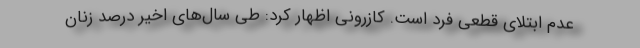
عدم ابتلای قطعی فرد است. کازرونی اظهار کرد: طی سال‌های اخیر درصد زنان